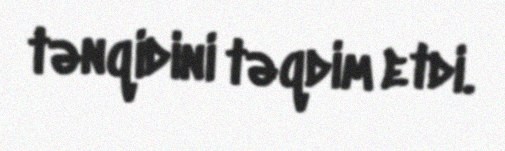
tənqidini təqdim etdi.